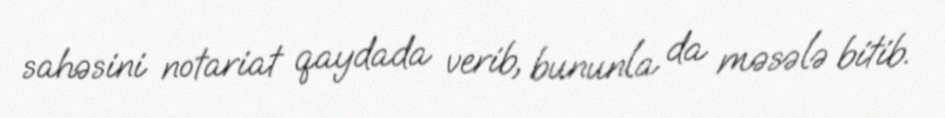
sahəsini notariat qaydada verib, bununla da məsələ bitib.